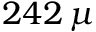
2 4 2 \, \mu